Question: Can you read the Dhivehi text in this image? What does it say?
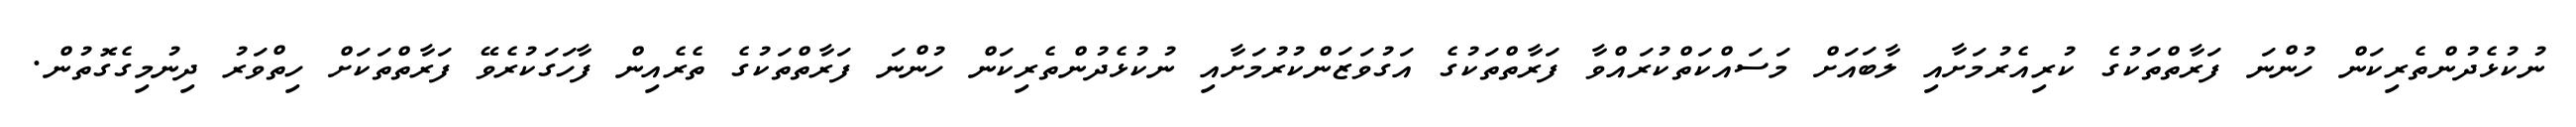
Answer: ނުކުޅެދުންތެރިކަން ހުންނަ ފަރާތްތަކުގެ ކުރިއެރުމަށާއި ލާބައަށް މަސައްކަތްކުރައްވާ ފަރާތްތަކުގެ އަގުވަޒަންކުރުމަށާއި ނުކުޅެދުންތެރިކަން ހުންނަ ފަރާތްތަކުގެ ތެރެއިން ފާހަގަކުރެވޭ ފަރާތްތަކަށް ހިތްވަރު ދިނުމިގެގޮތުން.